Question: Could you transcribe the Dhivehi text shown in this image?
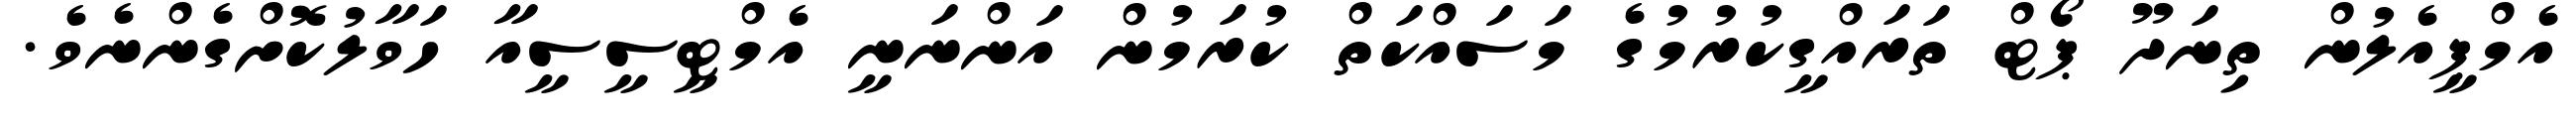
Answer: އެމްޕީއެލުން ތިނަދޫ ޕޯޓް ތަރައްގީކުރުމުގެ މަސައްކަތް ކުރަމުން އަންނަނީ އެމްޓީސީސީއާ ހަވާލުކޮށްގެންނެވެ.